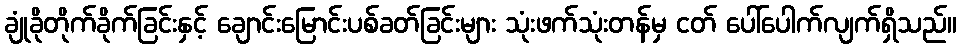
ချုံခိုတိုက်ခိုက်ခြင်းနှင့် ချောင်းမြောင်းပစ်ခတ်ခြင်းများ သုံးဖက်သုံးတန်မှ ငတ် ပေါ်ပေါက်လျက်ရှိသည်။